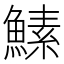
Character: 𬵡